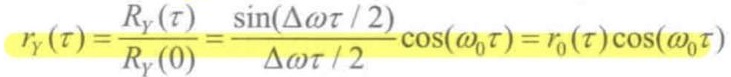
$r_Y(\tau)=\frac{R_Y(\tau)}{R_Y(0)}=\frac{\sin(\Delta\omega\tau/2)}{\Delta\omega\tau/2}\cos(\omega_0\tau)=r_0(\tau)\cos(\omega_0\tau)$